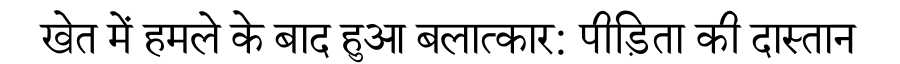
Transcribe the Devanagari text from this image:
खेत में हमले के बाद हुआ बलात्कार: पीड़िता की दास्तान